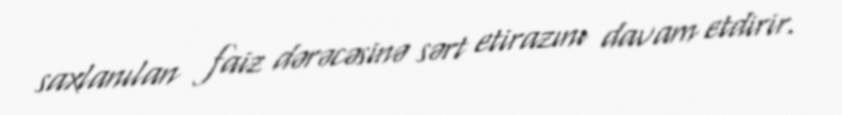
saxlanılan faiz dərəcəsinə sərt etirazını davam etdirir.